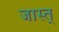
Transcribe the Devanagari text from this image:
जास्त्‌